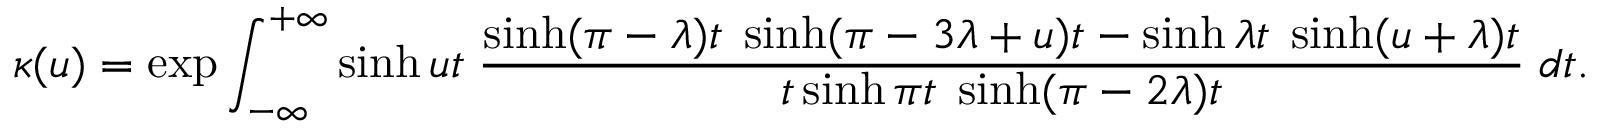
\kappa ( u ) = \exp \int _ { - \infty } ^ { + \infty } \sinh u t \; \frac { \sinh ( \pi - \lambda ) t \; \sinh ( \pi - 3 \lambda + u ) t - \sinh \lambda t \; \sinh ( u + \lambda ) t } { t \sinh \pi t \; \sinh ( \pi - 2 \lambda ) t } \; d t .